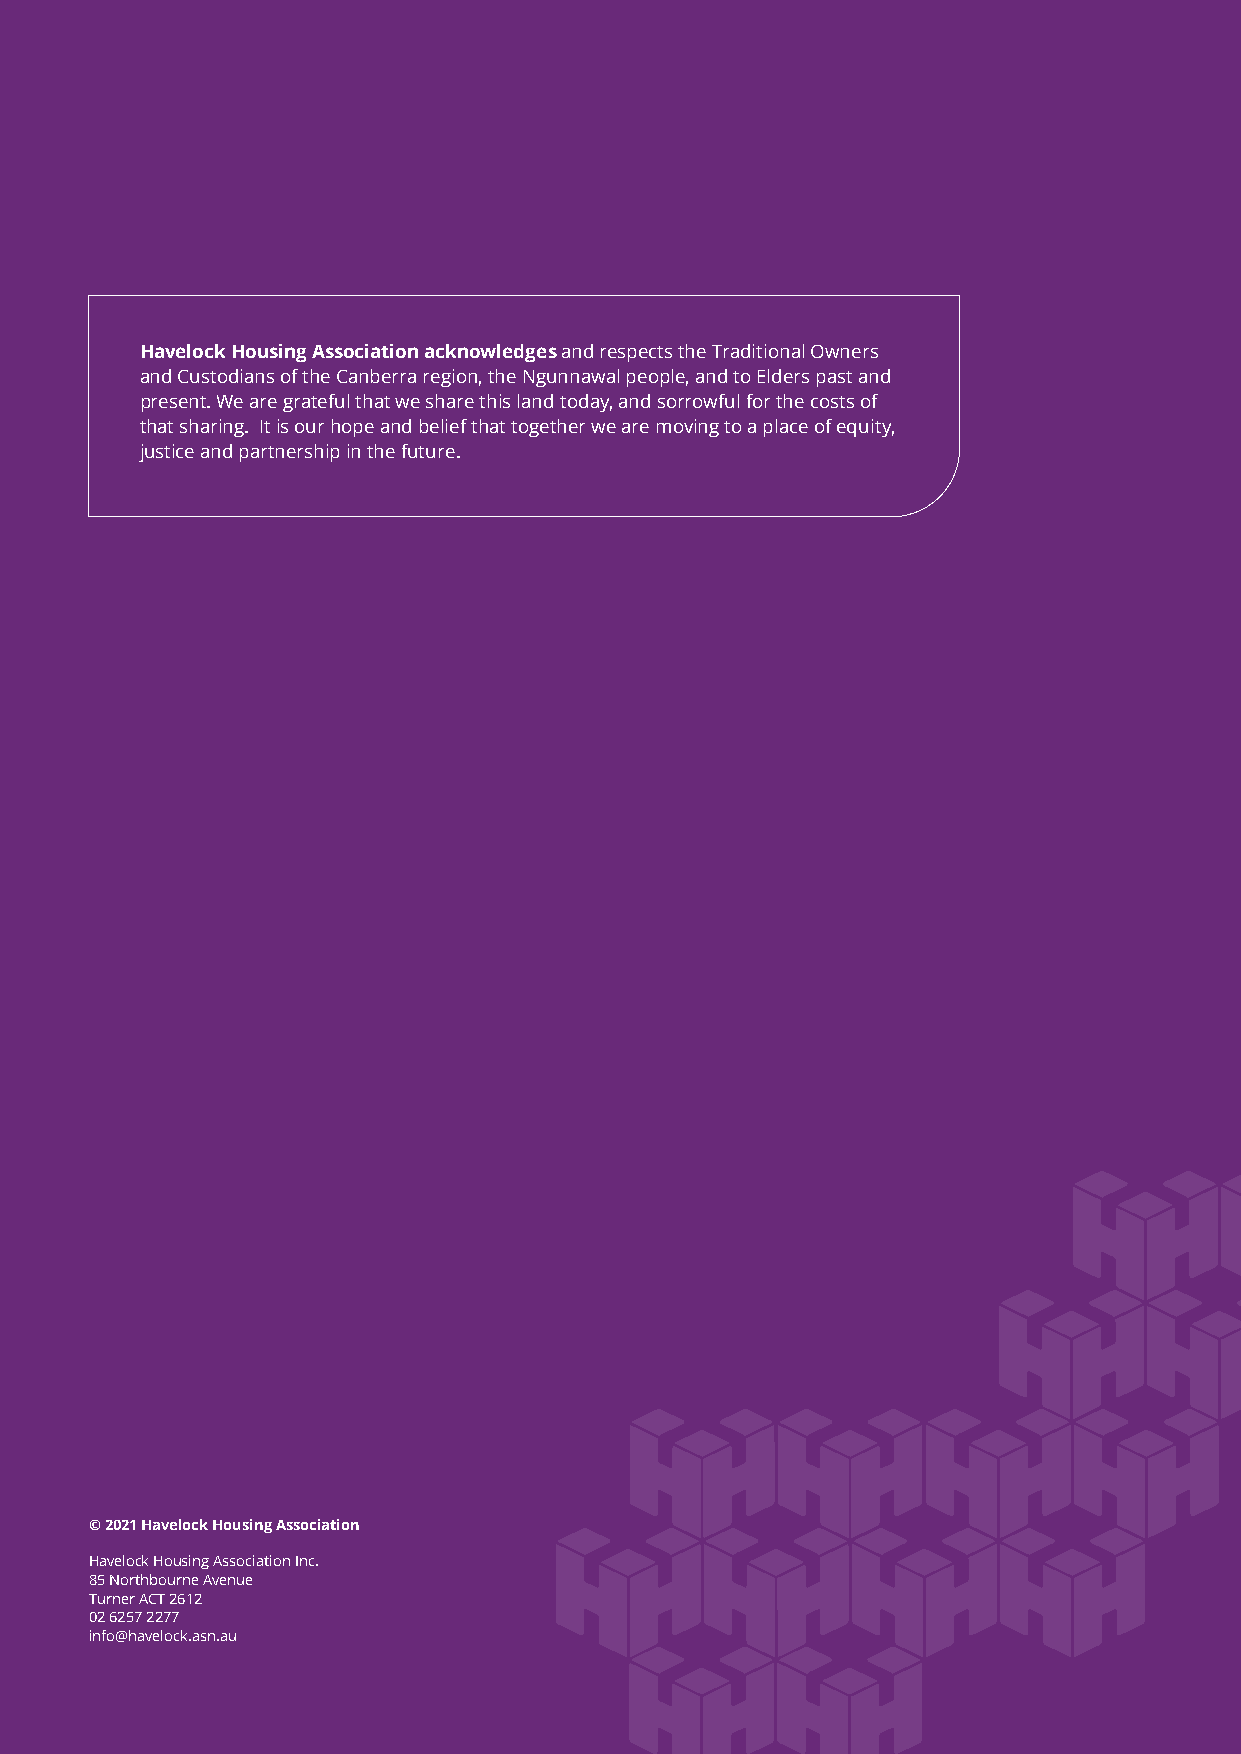
Havelock Housing Association acknowledges and respects the Traditional Owners
 and Custodians of the Canberra region, the Ngunnawal people, and to Elders past and
 present. We are grateful that we share this land today, and sorrowful for the costs of
 that sharing. It is our hope and belief that together we are moving to a place of equity,
 justice and partnership in the future.
 acknol
 © 2021 Havelock Housing Association
 Havelock Housing Association Inc.
 85 Northbourne Avenue
 Turner ACT 2612
 02 6257 2277
 info@havelock.asn.au
 2